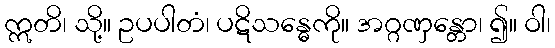
ဣတိ၊ သို့။ ဥပပါတံ၊ ပဋိသန္ဓေကို။ အဂ္ဂဏှန္တော၊ ၍။ ဝါ၊